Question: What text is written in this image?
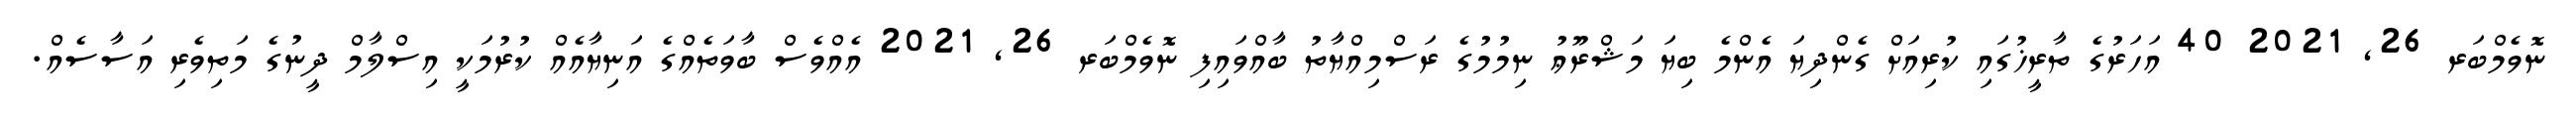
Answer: ނޮވެމްބަރ 26, 2021 40 އަހަރުގެ ތާރީޚުގައި ކުރިއަށް ގެންދިޔަ އެންމެ ބިޔަ މަޝްރޫޢު ނިމުމުގެ ރަސްމިއްޔާތު ބާއްވައިފި ނޮވެމްބަރ 26, 2021 އެއްވެސް ބާވަތެއްގެ އަނިޔާއެއް ކުރުމަކީ އިސްލާމް ދީނުގެ މަތިވެރި އަސާސެއް.